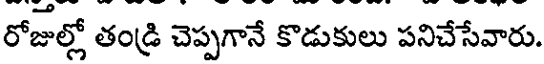
రోజుల్లో తండ్రి చెప్పగానే కొడుకులు పనిచేసేవారు.